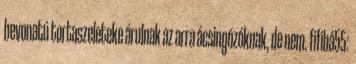
bevonatú tortaszeleteke árulnak az arra ácsingózóknak, de nem. fifibá55: